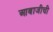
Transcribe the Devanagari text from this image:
आबाजीची